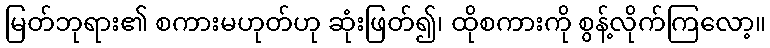
မြတ်ဘုရား၏ စကားမဟုတ်ဟု ဆုံးဖြတ်၍၊ ထိုစကားကို စွန့်လိုက်ကြလော့။